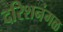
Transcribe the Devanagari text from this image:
दरिशनंगळ